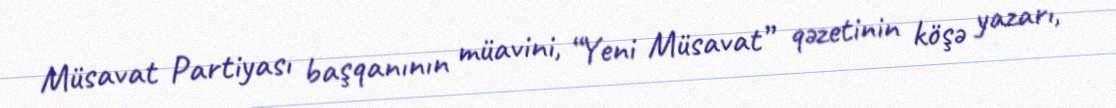
Müsavat Partiyası başqanının müavini, “Yeni Müsavat” qəzetinin köşə yazarı,